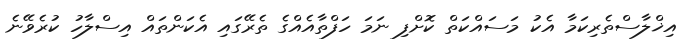
އިޚްލާސްތެރިކަމާ އެކު މަސައްކަތް ކޮށްފި ނަމަ ހަފްތާއެއްގެ ތެރޭގައި އެކަންތައް އިސްލާހު ކުރެވޭނެ